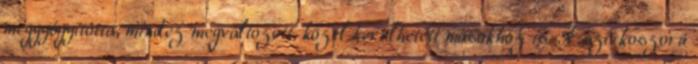
meggyógyította, mindez megváltozott, közel kerülhetett másokhoz is. A szívkoszorú